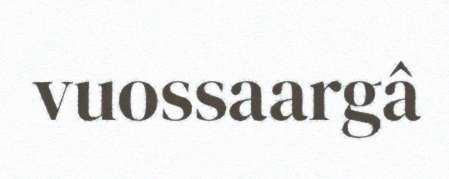
vuossaargâ